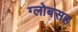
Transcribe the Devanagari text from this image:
ग्लोबसह